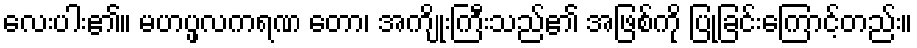
လေးပါး၏။ မဟပ္ဖလကရဏ တော၊ အကျိုးကြီးသည်၏ အဖြစ်ကို ပြုခြင်းကြောင့်တည်း။